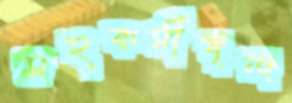
সহকর্মীবৃন্দ